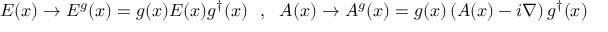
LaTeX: E ( x ) \rightarrow E ^ { g } ( x ) = g ( x ) E ( x ) g ^ { \dagger } ( x ) ~ ~ , ~ ~ A ( x ) \rightarrow A ^ { g } ( x ) = g ( x ) \left( A ( x ) - i \nabla \right) g ^ { \dagger } ( x )